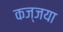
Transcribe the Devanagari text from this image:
कज्जया